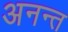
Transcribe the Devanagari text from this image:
अनन्‍त